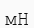
мН